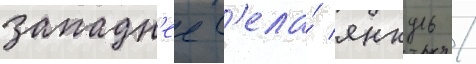
западн'ее с'ела́ янкуль /